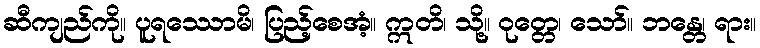
ဆီကျည်ကို။ ပူရဿောမိ၊ ပြည့်စေအံ့။ ဣတိ၊ သို့။ ဝုတ္တေ၊ သော်။ ဘန္တေ၊ ရား။